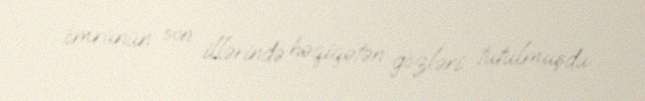
ömrünün son illərində həqiqətən gözləri tutulmuşdu.